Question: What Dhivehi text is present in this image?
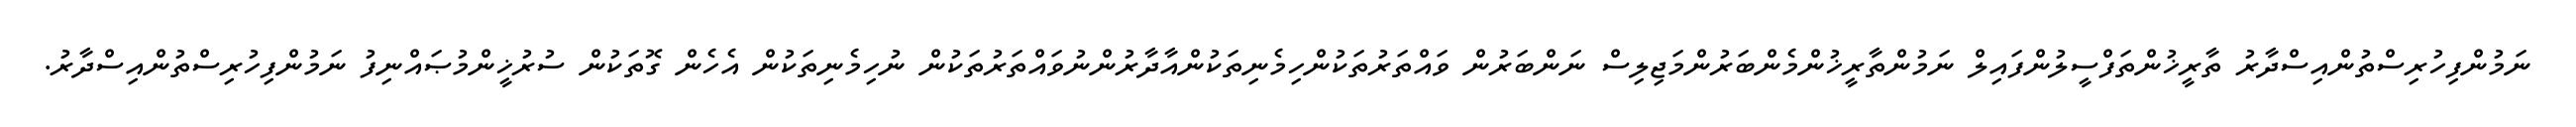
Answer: ނަމުންފިހުރިސްތުންއިސްދާރު ތާރީޚުންތަފްސީލުންފައިލް ނަމުންތާރީޚުންމެންބަރުންމަޖިލިސް ނަންބަރުން ވައްތަރުތަކުންހިމެނިތަކުންއާދާރުންނުވައްތަރުތަކުން ނުހިމެނިތަކުން އެހެން ގޮތަކުން ސުރުޚީންމުޞައްނިފު ނަމުންފިހުރިސްތުންއިސްދާރު.